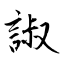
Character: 諔